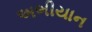
અભીયાન